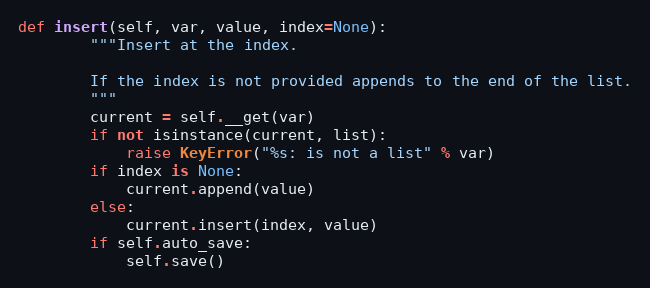
Language: Python
def insert(self, var, value, index=None):
        """Insert at the index.

        If the index is not provided appends to the end of the list.
        """
        current = self.__get(var)
        if not isinstance(current, list):
            raise KeyError("%s: is not a list" % var)
        if index is None:
            current.append(value)
        else:
            current.insert(index, value)
        if self.auto_save:
            self.save()